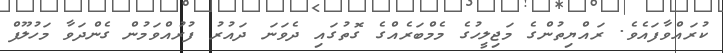
ކުރައްވާފައެވެ. ރައްޔިތުންގެ މަޖިލީހުގެ މެމްބަރެއްގެ ގޮތުގައި ދެވަނަ ދައުރު ފުރުއްވަމުން ގެންދަވާ މަހުލޫފް